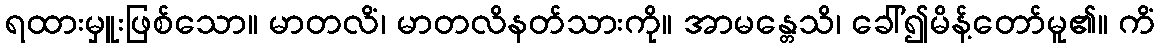
ရထားမှူးဖြစ်သော။ မာတလိံ၊ မာတလိနတ်သားကို။ အာမန္တေသိ၊ ခေါ်၍မိန့်တော်မူ၏။ ကိံ